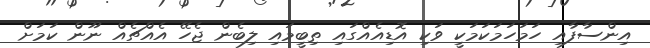
އިންސާފާއި ހަމަހަމަކަމަކީ ވަކި އޮޑިއެއްގައި ތިބީމައި ލިބެން ޖެހޭ އެއްޗެއް ނޫން ކަމަށް